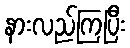
နားလည်ကြပြီး